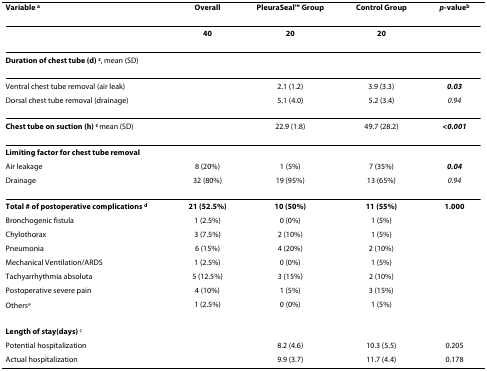
| Variable a | Overall | PleuraSealTM Group | Control Group | p-valueb |
 | --- | --- | --- | --- | --- |
 |  | 40 | 20 | 20 |  |
 | <COLSPAN=5> Duration of chest tube (d) c, mean (SD) |
 | <COLSPAN=2> Ventral chest tube removal (air leak) | 2.1 (1.2) | 3.9 (3.3) | 0.03 |
 | <COLSPAN=2> Dorsal chest tube removal (drainage) | 5.1 (4.0) | 5.2 (3.4) | 0.94 |
 | <COLSPAN=2> Chest tube on suction (h) c mean (SD) | 22.9 (1.8) | 49.7 (28.2) | <0.001 |
 | <COLSPAN=5> Limiting factor for chest tube removal |
 | Air leakage | 8 (20%) | 1 (5%) | 7 (35%) | 0.04 |
 | Drainage | 32 (80%) | 19 (95%) | 13 (65%) | 0.94 |
 | Total # of postoperative complications d | 21 (52.5%) | 10 (50%) | 11 (55%) | 1.000 |
 | Bronchogenic fistula | 1 (2.5%) | 0 (0%) | 1 (5%) |  |
 | Chylothorax | 3 (7.5%) | 2 (10%) | 1 (5%) |  |
 | Pneumonia | 6 (15%) | 4 (20%) | 2 (10%) |  |
 | Mechanical Ventilation/ARDS | 1 (2.5%) | 0 (0%) | 1 (5%) |  |
 | Tachyarrhythmia absoluta | 5 (12.5%) | 3 (15%) | 2 (10%) |  |
 | Postoperative severe pain | 4 (10%) | 1 (5%) | 3 (15%) |  |
 | Otherse | 1 (2.5%) | 0 (0%) | 1 (5%) |  |
 | <COLSPAN=5> Length of stay(days) c |
 | <COLSPAN=2> Potential hospitalization | 8.2 (4.6) | 10.3 (5.5) | 0.205 |
 | <COLSPAN=2> Actual hospitalization | 9.9 (3.7) | 11.7 (4.4) | 0.178 |